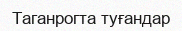
Таганрогта туғандар